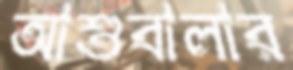
আশুবালার